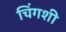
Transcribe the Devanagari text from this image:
चिंगशी